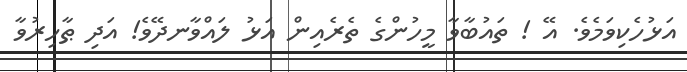
އަޅުހެކިވަމެވެ. އޭ ! ތައުބާވާ މީހުންގެ ތެރެއިން އަޅު ލައްވާނދޭވެ! އަދި ޠާހިރުވާ